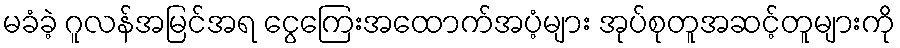
မခံခဲ့ ဂူလန်အမြင်အရ ငွေကြေးအထောက်အပံ့များ အုပ်စုတူအဆင့်တူများကို